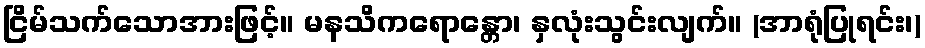
ငြိမ်သက်သောအားဖြင့်။ မနသိကရောန္တော၊ နှလုံးသွင်းလျက်။ (အာရုံပြုရင်း၊)